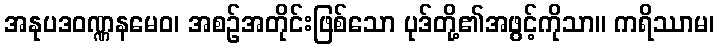
အနုပဒဝဏ္ဏနမေဝ၊ အစဉ်အတိုင်းဖြစ်သော ပုဒ်တို့၏အဖွင့်ကိုသာ။ ကရိဿာမ၊